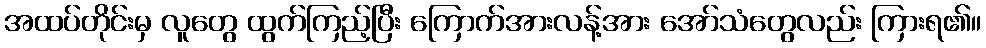
အထပ်တိုင်းမှ လူတွေ ထွက်ကြည့်ပြီး ကြောက်အားလန့်အား အော်သံတွေလည်း ကြားရ၏။